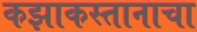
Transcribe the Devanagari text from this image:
कझाकस्तानाचा